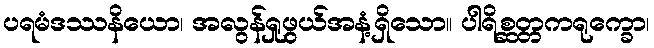
ပရမံဒဿနိယော၊ အလွန်ရှုဖွယ်အနံ့ရှိသော။ ပါရိစ္ဆတ္တကရုက္ခော၊